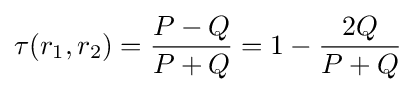
\tau (r_{1},r_{2})={P-Q \over P+Q}=1-{2Q \over P+Q}